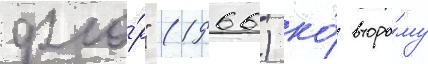
фло́р" (1966) ко́ второ́му